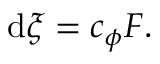
\mathrm { d } \xi = c _ { \phi } F .